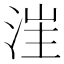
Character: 𣷪